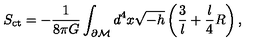
S _ { \mathrm { c t } } = - \frac { 1 } { 8 \pi G } \int _ { \partial \cal M } d ^ { 4 } x \sqrt { - h } \left( \frac { 3 } { l } + \frac { l } { 4 } R \right) ,